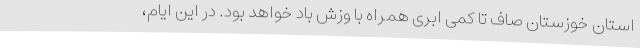
استان خوزستان صاف تا کمی ابری همراه با وزش باد خواهد بود. در این ایام،